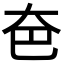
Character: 夿